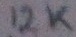
Text: 12K